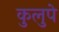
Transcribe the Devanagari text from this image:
कुलुपे